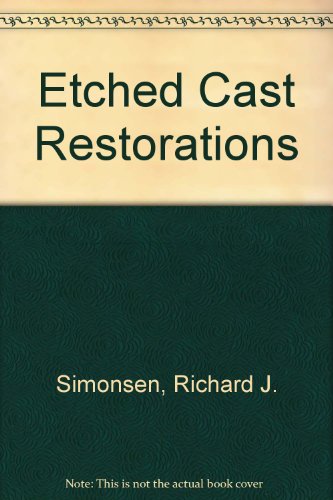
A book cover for Etched Cast Restorations: Clinical and Laboratory Techniques; Richard Simonsen; Medical Books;